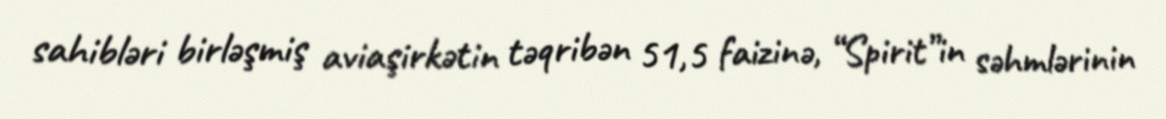
sahibləri birləşmiş aviaşirkətin təqribən 51,5 faizinə, “Spirit”in səhmlərinin